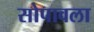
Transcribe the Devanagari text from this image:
सोपावला